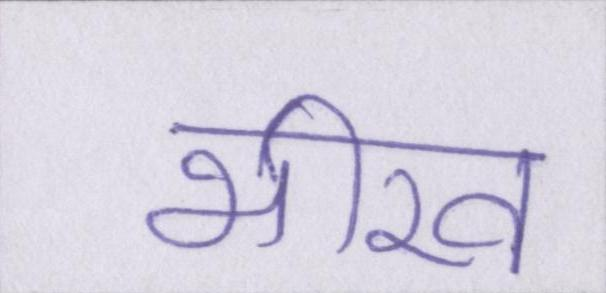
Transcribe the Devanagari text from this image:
भीख